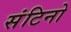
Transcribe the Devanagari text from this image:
संटिनो